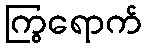
ကြွရောက်